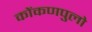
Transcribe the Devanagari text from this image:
कोंकणपुलो